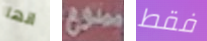
انها ممنوع فقط